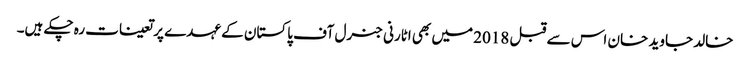
خالد جاوید خان اس سے قبل 2018 میں بھی اٹارنی جنرل آف پاکستان کے عہدے پر تعینات رہ چکے ہیں۔